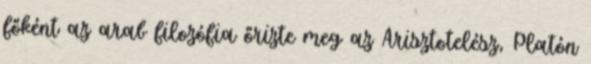
főként az arab filozófia őrizte meg az Arisztotelész, Platón